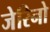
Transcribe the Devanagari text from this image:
जेरिनो